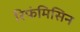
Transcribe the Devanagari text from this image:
रिफंमिसिन